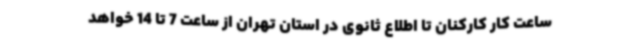
ساعت کار کارکنان تا اطلاع ثانوی در استان تهران از ساعت 7 تا 14 خواهد